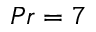
P r = 7